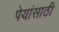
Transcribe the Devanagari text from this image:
पेयांसाठी